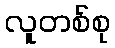
လူတစ်စု